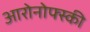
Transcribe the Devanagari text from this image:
आरोनोफ्स्की